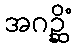
အဂဉ္ဆိံ